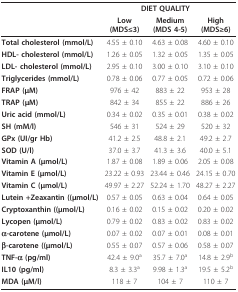
<table><thead><tr><td>[EMPTY_CELL]</td><td colspan="2"><b>DIET QUALITY</b></td><td>[EMPTY_CELL]</td></tr><tr><td>[EMPTY_CELL]</td><td><b>Low(MDS≤3)</b></td><td><b>Medium(MDS 4-5)</b></td><td><b>High(MDS≥6)</b></td></tr></thead><tbody><tr><td><b>Total cholesterol (mmol/L)</b></td><td>4.55 ± 0.10</td><td>4.63 ± 0.08</td><td>4.60 ± 0.10</td></tr><tr><td><b>HDL- cholesterol (mmol/L)</b></td><td>1.26 ± 0.05</td><td>1.32 ± 0.05</td><td>1.35 ± 0.05</td></tr><tr><td><b>LDL- cholesterol (mmol/L)</b></td><td>2.95 ± 0.10</td><td>3.00 ± 0.10</td><td>3.10 ± 0.10</td></tr><tr><td><b>Triglycerides (mmol/L)</b></td><td>0.78 ± 0.06</td><td>0.77 ± 0.05</td><td>0.72 ± 0.06</td></tr><tr><td><b>FRAP (μM)</b></td><td>976 ± 42</td><td>883 ± 22</td><td>953 ± 28</td></tr><tr><td><b>TRAP (μM)</b></td><td>842 ± 34</td><td>855 ± 22</td><td>886 ± 26</td></tr><tr><td><b>Uric acid (mmol/L)</b></td><td>0.34 ± 0.02</td><td>0.35 ± 0.01</td><td>0.38 ± 0.02</td></tr><tr><td><b>SH (mM/l)</b></td><td>546 ± 31</td><td>524 ± 29</td><td>520 ± 32</td></tr><tr><td><b>GPx (UI/gr Hb)</b></td><td>41.2 ± 2.5</td><td>48.8 ± 2.1</td><td>49.2 ± 2.7</td></tr><tr><td><b>SOD (U/l)</b></td><td>37.0 ± 3.7</td><td>41.3 ± 3.6</td><td>40.0 ± 5.1</td></tr><tr><td><b>Vitamin A (μmol/L)</b></td><td>1.87 ± 0.08</td><td>1.89 ± 0.06</td><td>2.05 ± 0.08</td></tr><tr><td><b>Vitamin E (μmol/L)</b></td><td>23.22 ± 0.93</td><td>23.44 ± 0.46</td><td>24.15 ± 0.70</td></tr><tr><td><b>Vitamin C (μmol/L)</b></td><td>49.97 ± 2.27</td><td>52.24 ± 1.70</td><td>48.27 ± 2.27</td></tr><tr><td><b>Lutein +Zeaxantin ((μmol/L)</b></td><td>0.57 ± 0.05</td><td>0.63 ± 0.04</td><td>0.64 ± 0.05</td></tr><tr><td><b>Cryptoxanthin ((μmol/L)</b></td><td>0.16 ± 0.02</td><td>0.15 ± 0.02</td><td>0.20 ± 0.02</td></tr><tr><td><b>Lycopen (μmol/L)</b></td><td>0.79 ± 0.02</td><td>0.83 ± 0.02</td><td>0.83 ± 0.02</td></tr><tr><td><b>α-carotene (μmol/L)</b></td><td>0.07 ± 0.02</td><td>0.07 ± 0.01</td><td>0.08 ± 0.01</td></tr><tr><td><b>β-carotene ((μmol/L)</b></td><td>0.55 ± 0.07</td><td>0.57 ± 0.06</td><td>0.58 ± 0.07</td></tr><tr><td><b>TNF-α (pg/ml)</b></td><td>42.4 ± 9.0<sup>a</sup></td><td>35.7 ± 7.0<sup>a</sup></td><td>14.8 ± 2.9<sup>b</sup></td></tr><tr><td><b>IL10 (pg/ml)</b></td><td>8.3 ± 3.3<sup>a</sup></td><td>9.98 ± 1.3<sup>a</sup></td><td>19.5 ± 5.2<sup>b</sup></td></tr><tr><td><b>MDA (μM/l)</b></td><td>118 ± 7</td><td>104 ± 7</td><td>110 ± 7</td></tr></tbody></table>